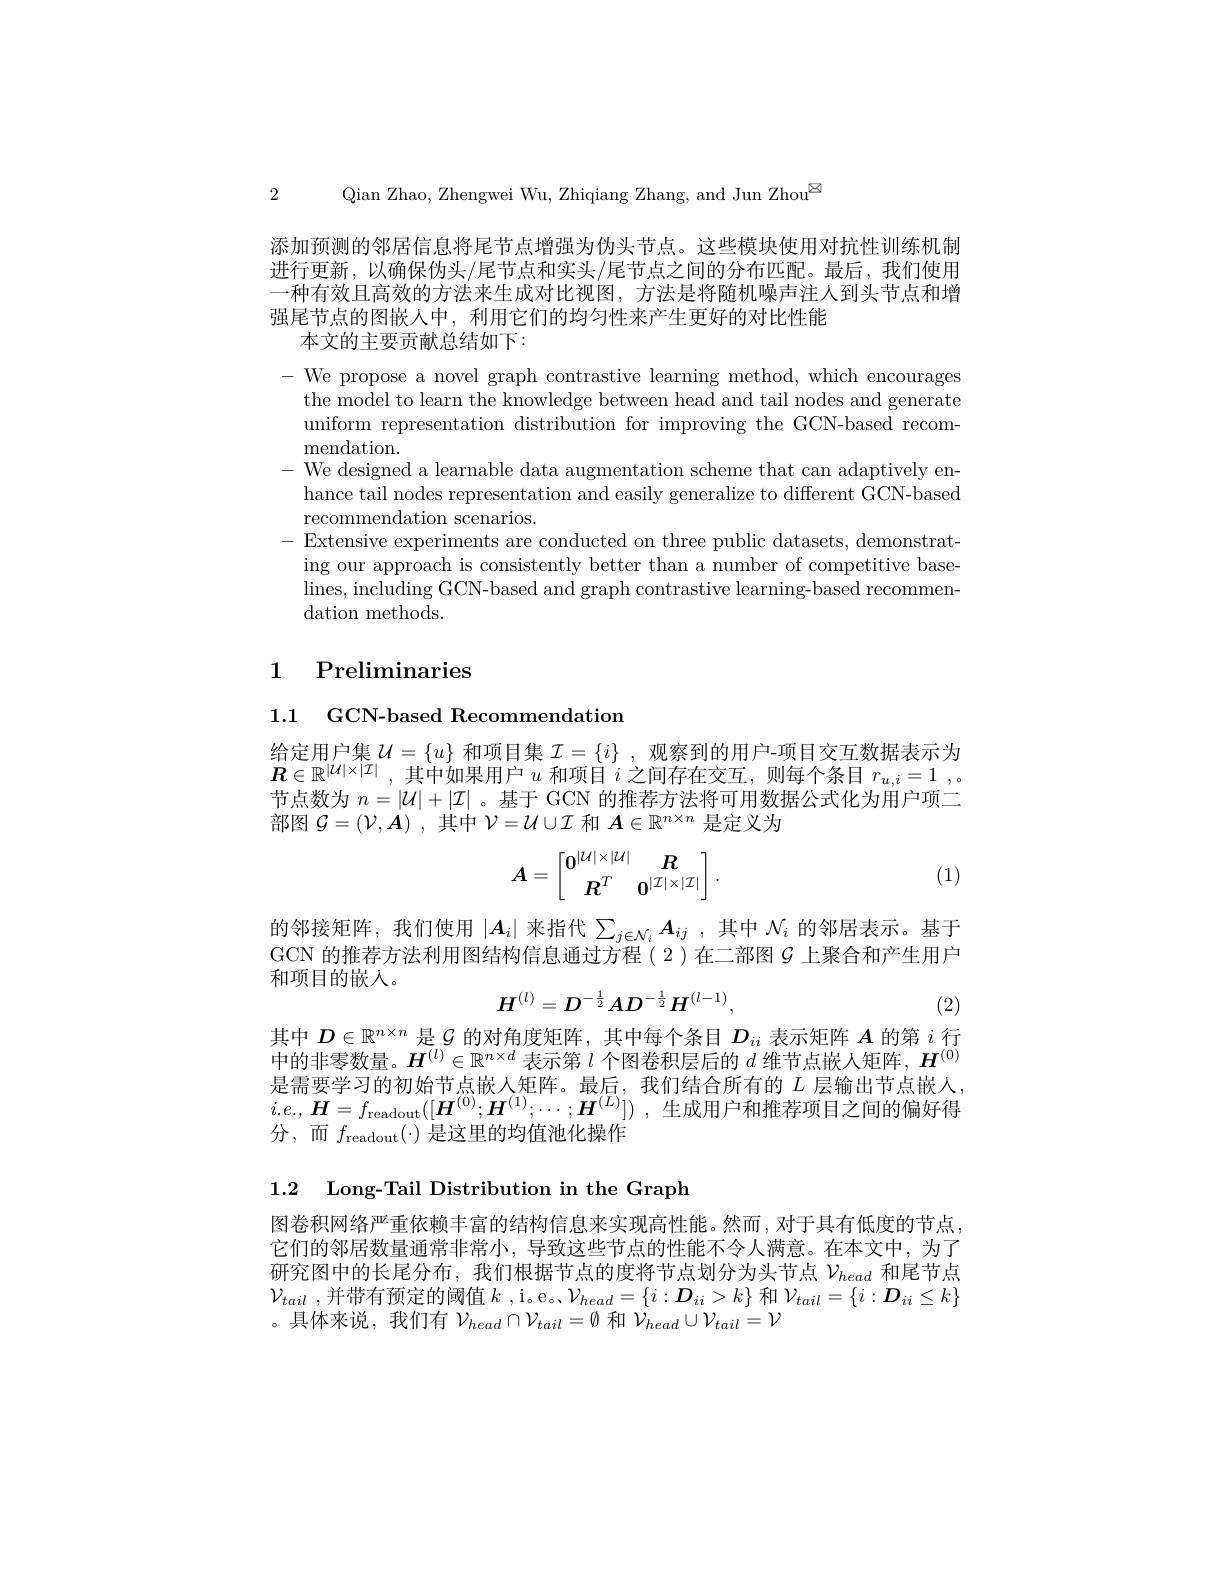
2 Qian Zhao, Zhengwei Wu, Zhiqiang Zhang, and Jun Zhou$^{\textcircled{\mathrm{z}}}$

添加预测的邻居信息将尾节点增强为伪头节点。这些模块使用对抗性训练机制进行更新，以确保伪头/尾节点和实头/尾节点之间的分布匹配。最后，我们使用一种有效且高效的方法来生成对比视图，方法是将随机噪声注人到头节点和增强尾节点的图嵌人中，利用它们的均匀性来产生更好的对比性能
本文的主要贡献总结如下：

- We propose a novel graph contrastive learning method, which encourages
the model to learn the knowledge between head and tail nodes and generate uniform representation distribution for improving the GCN-based recom- ${\mathrm{mendation}}.$
- We designed a learnable data augmentation scheme that can adaptively en-
hance tail nodes representation and easily generalize to different GCN-based
recommendation scenarios.
-Extensive experiments are conducted on three public datasets, demonstrating our approach is consistently better than a number of competitive base- $\operatorname*{lines,}$including GCN-based and graph contrastive learning-based recommendation methods.

# 1 Preliminaries

1.1 GCN-based Recommendation

给定用户集$\mathcal{U}=\{u\}$和项目集$\mathcal{I}=\{i\}$,观察到的用户-项目交互数据表示为$\boldsymbol{R}\in \mathbb{R} ^{| \mathcal{U} | \times | \mathcal{I} | }$ ,其中如果用户$u$和项目$i$之间存在交互，则每个条目$r_u, i= 1$ ,。节点数为$n=|\mathcal{U}|+|\mathcal{I}|$ 。基于 GCN 的推荐方法将可用数据公式化为用户项二部图$\mathcal{G}=(\mathcal{V},\boldsymbol{A})$ ,其中$\mathcal{V}=\mathcal{U}\cup\mathcal{I}$和$\boldsymbol{A}\in\mathbb{R}^n\times n$是定义为
$$\boldsymbol{A}=\begin{bmatrix}\boldsymbol{0}^{|\mathcal{U}|\times|\mathcal{U}|}&\boldsymbol{R}\\\boldsymbol{R}^T&\boldsymbol{0}^{|\mathcal{I}|\times|\mathcal{I}|}\end{bmatrix}.$$
(1)

的邻接矩阵，我们使用$|A_i|$来指代$\sum_{j\in\mathcal{N}_i}A_{ij}$ ,其中$\mathcal{N}_i$的邻居表示。基于GCN 的推荐方法利用图结构信息通过方程(2)在二部图$G$ 上聚合和产生用户和项目的嵌入。
$$H^{(l)}=D^{-\frac{1}{2}}AD^{-\frac{1}{2}}H^{(l-1)},$$
(2)

其中$D\in\mathbb{R}^{n\times n}$是$\mathcal{G}$的对角度矩阵，其中每个条目$D_{ii}$表示矩阵$A$的第$i$行中的非零数量。$H^(l)\in\mathbb{R}^{n\times d}$表示第$\iota$个图卷积层后的$d$维节点嵌人矩阵，$H^(0)$ 是需要学习的初始节点嵌人矩阵。最后，我们结合所有的$L$层输出节点嵌人$i. e. , \boldsymbol{H}= f_{\mathrm{readout}}( [ \boldsymbol{H}^{( 0) }; \boldsymbol{H}^{( 1) }; \cdots ; \boldsymbol{H}^{( L) }] )$ ,生成用户和推荐项目之间的偏好得分，而$f_\mathrm{readout}(\cdot)$是这里的均值池化操作

1.2 Long-Tail Distribution in the Graph

图卷积网络严重依赖丰富的结构信息来实现高性能。然而，对于具有低度的节点， 它们的邻居数量通常非常小，导致这些节点的性能不令人满意。在本文中，为了研究图中的长尾分布，我们根据节点的度将节点划分为头节点$\nu_{head}$和尾节点$\mathcal{V} _{tail}$ ,并带有预定的阈值 $k$ ,i。e。$\mathcal{V}_head=\{i:\boldsymbol{D}_{ii}>k\}$ 和$\mathcal{V}_tail=\{i:\boldsymbol{D}_{ii}\leq k\}$

。具体来说，我们有$\mathcal{V}_head\cap\mathcal{V}_{tail}=\emptyset$和$\mathcal{V}_head\cup\mathcal{V}_{tail}=\mathcal{V}$